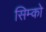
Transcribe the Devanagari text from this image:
सिम्को